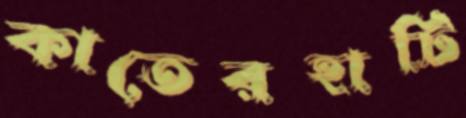
কাতেরহাটি